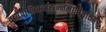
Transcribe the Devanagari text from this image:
वागेवात्रिवार्चाह्यन्नमद्यतेऽत्तिहर्